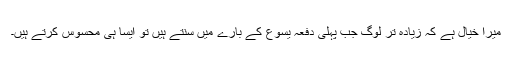
میرا خیال ہے کہ زیادہ تر لوگ جب پہلی دفعہ یسوع کے بارے میں سنتے ہیں تو ایسا ہی محسوس کرتے ہیں۔